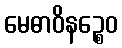
မေဓာဝိနဉ္စေဝ